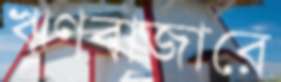
ঋণবাজারে